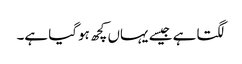
لگتا ہے جیسے یہاں کچھ ہوگیا ہے۔